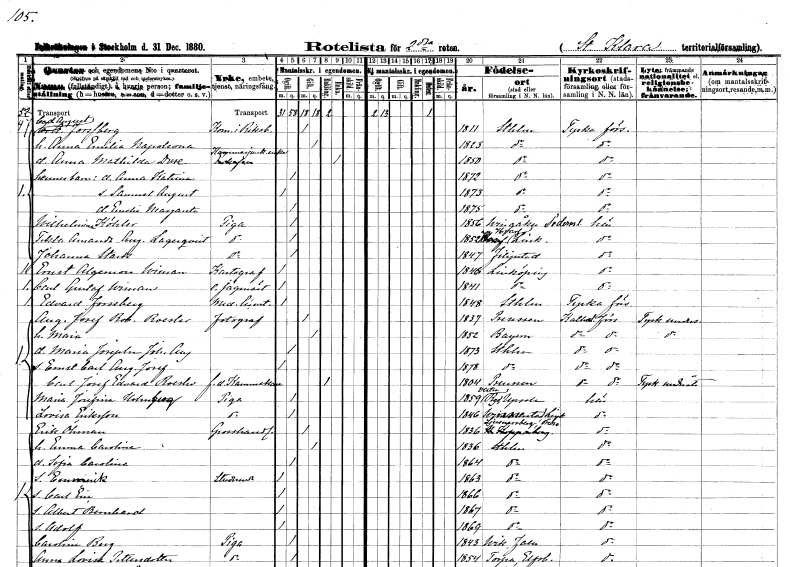
gt_parse: households: individuals: FN: Carl August
EN: Forssberg
YRKE: Riksbankskomissionär
KON: M
CIV: G
FODAR: 1811
FODFORS: Stockholm
FN: Anna Emilia Napoleona
KON: K
CIV: G
FODAR: 1823
FODFORS: Stockholm
FN: Anna Mathilda
EN: Duse
YRKE: Kammarjunkareänka
KON: K
CIV: E
FODAR: 1850
FODFORS: Stockholm
FN: Anna Katrina
KON: K
CIV: O
FODAR: 1872
FODFORS: Stockholm
FN: Samuel August
KON: M
CIV: O
FODAR: 1873
FODFORS: Stockholm
FN: Emelia Margareta
KON: K
CIV: O
FODAR: 1875
FODFORS: Stockholm
FN: Wilhelmina
EN: Köhler
YRKE: Piga
KON: K
CIV: O
FODAR: 1856
FODFORS: Vingåker Södermanlands län
FN: Tekla Amanda Augusta
EN: Lagerqvist
YRKE: Piga
KON: K
CIV: O
FODAR: 1852
FODFORS: Varv Östergötlands län
FN: Johanna
EN: Stark
YRKE: Piga
KON: K
CIV: O
FODAR: 1847
FODFORS: Filipstad Värmlands län
FN: Ernst Algernon
EN: Wiman
YRKE: Kartograf
KON: M
CIV: O
FODAR: 1846
FODFORS: Linköping Östergötlands län
FN: Carl Gustaf
EN: Wiman
YRKE: Jägmästare extra
KON: M
CIV: O
FODAR: 1841
FODFORS: Linköping Östergötlands län
FN: Edvard
EN: Forssberg
YRKE: Medicine licenciat
KON: M
CIV: O
FODAR: 1848
FODFORS: Stockholm
FN: August Josef Robert
EN: Roesler
YRKE: Fotograf
KON: M
CIV: G
FODAR: 1837
FN: Maria
KON: K
CIV: G
FODAR: 1852
FN: Maria Josepha Johanna Augusta
KON: K
CIV: O
FODAR: 1873
FODFORS: Stockholm
FN: Ernst Carl August Josef
KON: M
CIV: O
FODAR: 1878
FODFORS: Stockholm
FN: Carl Josef Edvard
EN: Roesler
YRKE: Kammakare f.d.
KON: M
CIV: E
FODAR: 1804
FN: Maria Josefina
EN: Holmberg
YRKE: Piga
KON: K
CIV: O
FODAR: 1859
FODFORS: Västra Ryd Stockholms län
FN: Lovisa
EN: Eriksson
YRKE: Piga
KON: K
CIV: O
FODAR: 1846
FODFORS: Vinnerstad Östergötlands län